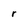
Character: r